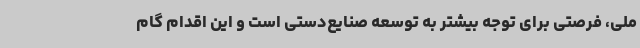
ملی، فرصتی برای توجه بیشتر به توسعه صنایع‌دستی است و این اقدام گام